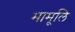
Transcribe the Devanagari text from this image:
मामूलि